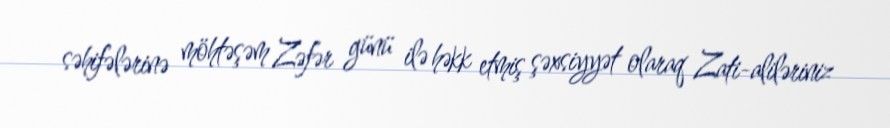
səhifələrinə möhtəşəm Zəfər günü ilə həkk etmiş şəxsiyyət olaraq Zati-aliləriniz